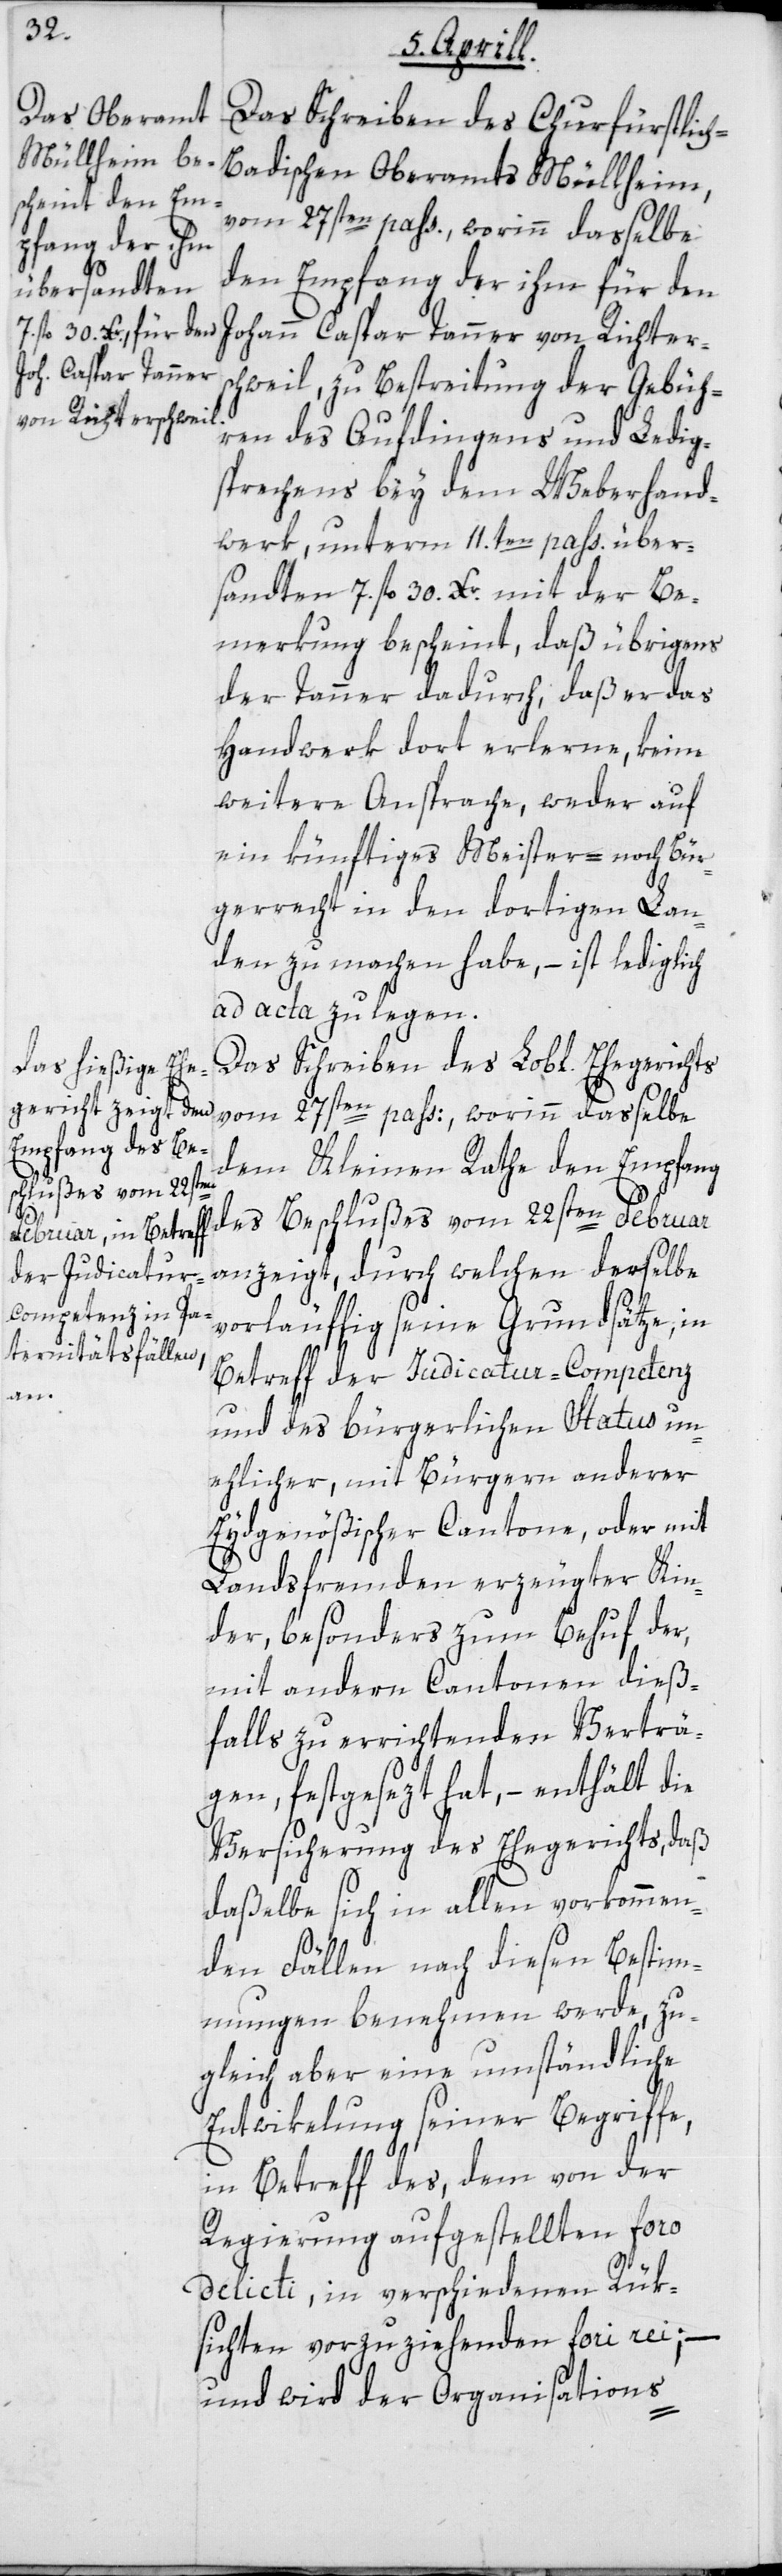
Das Schreiben des Churfürstlic¬
h-Badischen Oberamts Müllheim,
vom 27sten pass., worinn dasselbe
den Empfang der ihm für den
Johann Caspar Tanner von Richters¬
chweil, zu Bestreitung der Gebüh¬
ren des Aufdingens und Ledig¬
sprechens bey dem Weberhand¬
werk, unterm 11.ten pass. über¬
sandten 7 fl. 30 Xr. mit der Be¬
merkung bescheint, daß übrigens
der Tanner dadurch, daß er das
Handwerk dort erlerne, keine
weitere Ansprache, weder auf
ein künftiges Meister- noch Bür¬
gerrecht in den dortigen Lan¬
den zu machen habe, – ist lediglich
ad acta zu legen.
Das Schreiben des Lobl. Ehegerichts
vom 27sten pass., worinn dasselbe
dem Kleinen Rathe den Empfang
des Beschlußes vom 22sten Februar
anzeigt, durch welchen derselbe
vorläuffig seine Grundsätze, in
Betreff der Judicatur-Competenz
und des bürgerlichen Status un¬
ehlicher, mit Bürgern anderer
Eydgenößischer Cantone, oder mit
Landsfremden erzeugter Kin¬
der, besonders zum Behuf der,
mit andern Cantonen dieß¬
falls zu errichtenden Verträ¬
gen, festgesezt hat, – enthält die
Versicherung des Ehegerichts, daß
daßelbe sich in allen vorkommen¬
den Fällen nach diesen Bestim¬
mungen benehmen werde, zu¬
gleich aber eine umständliche
Entwiklung seiner Begriffe,
in Betreff des dem von der
Regierung aufgestellten foro
delicti, in verschiedenen Rük¬
sichten vorzuziehenden fori rei;
und wird der Organisations